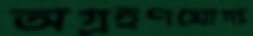
অগ্রহণযোগ্য